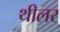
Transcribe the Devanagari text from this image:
थीलर